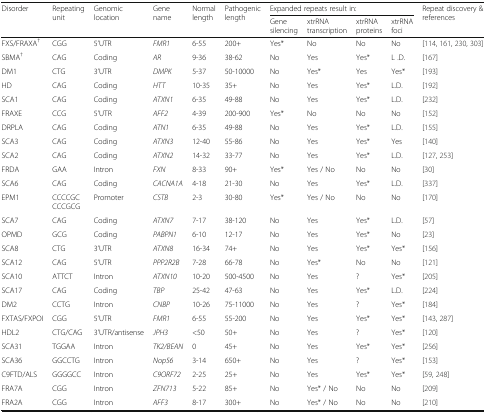
<table><thead><tr><td rowspan="2"><b>Disorder</b></td><td rowspan="2"><b>Repeating unit</b></td><td rowspan="2"><b>Genomic location</b></td><td rowspan="2"><b>Gene name</b></td><td rowspan="2"><b>Normal length</b></td><td rowspan="2"><b>Pathogenic length</b></td><td colspan="4"><b>Expanded repeats result in:</b></td><td rowspan="2"><b>Repeat discovery &amp; references</b></td></tr><tr><td><b>Gene silencing</b></td><td><b>xtrRNA transcription</b></td><td><b>xtrRNA proteins</b></td><td><b>xtrRNA foci</b></td></tr></thead><tbody><tr><td>FXS/FRAXA<sup>†</sup></td><td>CGG</td><td>5’UTR</td><td><i>FMR1</i></td><td>6-55</td><td>200+</td><td>Yes*</td><td>No</td><td>No</td><td>No</td><td>[114, 161, 230, 303]</td></tr><tr><td>SBMA<sup>†</sup></td><td>CAG</td><td>Coding</td><td><i>AR</i></td><td>9-36</td><td>38-62</td><td>No</td><td>Yes</td><td>Yes*</td><td>L .D.</td><td>[167]</td></tr><tr><td>DM1</td><td>CTG</td><td>3’UTR</td><td><i>DMPK</i></td><td>5-37</td><td>50-10000</td><td>No</td><td>Yes*</td><td>Yes</td><td>Yes*</td><td>[193]</td></tr><tr><td>HD</td><td>CAG</td><td>Coding</td><td><i>HTT</i></td><td>10-35</td><td>35+</td><td>No</td><td>Yes</td><td>Yes*</td><td>L.D.</td><td>[192]</td></tr><tr><td>SCA1</td><td>CAG</td><td>Coding</td><td><i>ATXN1</i></td><td>6-35</td><td>49-88</td><td>No</td><td>Yes</td><td>Yes*</td><td>L.D.</td><td>[232]</td></tr><tr><td>FRAXE</td><td>CCG</td><td>5&#x27;UTR</td><td><i>AFF2</i></td><td>4-39</td><td>200-900</td><td>Yes*</td><td>No</td><td>No</td><td>No</td><td>[152]</td></tr><tr><td>DRPLA</td><td>CAG</td><td>Coding</td><td><i>ATN1</i></td><td>6-35</td><td>49-88</td><td>No</td><td>Yes</td><td>Yes*</td><td>L.D.</td><td>[155]</td></tr><tr><td>SCA3</td><td>CAG</td><td>Coding</td><td><i>ATXN3</i></td><td>12-40</td><td>55-86</td><td>No</td><td>Yes</td><td>Yes*</td><td>Yes</td><td>[140]</td></tr><tr><td>SCA2</td><td>CAG</td><td>Coding</td><td><i>ATXN2</i></td><td>14-32</td><td>33-77</td><td>No</td><td>Yes</td><td>Yes*</td><td>L.D.</td><td>[127, 253]</td></tr><tr><td>FRDA</td><td>GAA</td><td>Intron</td><td><i>FXN</i></td><td>8-33</td><td>90+</td><td>Yes*</td><td>Yes / No</td><td>No</td><td>No</td><td>[30]</td></tr><tr><td>SCA6</td><td>CAG</td><td>Coding</td><td><i>CACNA1A</i></td><td>4-18</td><td>21-30</td><td>No</td><td>Yes</td><td>Yes*</td><td>L.D.</td><td>[337]</td></tr><tr><td>EPM1</td><td>CCCCGCCCCGCG</td><td>Promoter</td><td><i>CSTB</i></td><td>2-3</td><td>30-80</td><td>Yes*</td><td>Yes / No</td><td>No</td><td>No</td><td>[170]</td></tr><tr><td>SCA7</td><td>CAG</td><td>Coding</td><td><i>ATXN7</i></td><td>7-17</td><td>38-120</td><td>No</td><td>Yes</td><td>Yes*</td><td>L.D.</td><td>[57]</td></tr><tr><td>OPMD</td><td>GCG</td><td>Coding</td><td><i>PABPN1</i></td><td>6-10</td><td>12-17</td><td>No</td><td>Yes</td><td>Yes*</td><td>No</td><td>[23]</td></tr><tr><td>SCA8</td><td>CTG</td><td>3’UTR</td><td><i>ATXN8</i></td><td>16-34</td><td>74+</td><td>No</td><td>Yes</td><td>Yes*</td><td>Yes*</td><td>[156]</td></tr><tr><td>SCA12</td><td>CAG</td><td>5’UTR</td><td><i>PPP2R2B</i></td><td>7-28</td><td>66-78</td><td>No</td><td>Yes*</td><td>No</td><td>No</td><td>[121]</td></tr><tr><td>SCA10</td><td>ATTCT</td><td>Intron</td><td><i>ATXN10</i></td><td>10-20</td><td>500-4500</td><td>No</td><td>Yes</td><td>?</td><td>Yes*</td><td>[205]</td></tr><tr><td>SCA17</td><td>CAG</td><td>Coding</td><td><i>TBP</i></td><td>25-42</td><td>47-63</td><td>No</td><td>Yes</td><td>Yes*</td><td>L.D.</td><td>[224]</td></tr><tr><td>DM2</td><td>CCTG</td><td>Intron</td><td><i>CNBP</i></td><td>10-26</td><td>75-11000</td><td>No</td><td>Yes</td><td>?</td><td>Yes*</td><td>[184]</td></tr><tr><td>FXTAS/FXPOI</td><td>CGG</td><td>5’UTR</td><td><i>FMR1</i></td><td>6-55</td><td>55-200</td><td>No</td><td>Yes</td><td>Yes*</td><td>Yes*</td><td>[143, 287]</td></tr><tr><td>HDL2</td><td>CTG/CAG</td><td>3&#x27;UTR/antisense</td><td><i>JPH3</i></td><td>&lt;50</td><td>50+</td><td>No</td><td>Yes</td><td>?</td><td>Yes*</td><td>[120]</td></tr><tr><td>SCA31</td><td>TGGAA</td><td>Intron</td><td><i>TK2/BEAN</i></td><td>0</td><td>45+</td><td>No</td><td>Yes</td><td>Yes*</td><td>Yes*</td><td>[256]</td></tr><tr><td>SCA36</td><td>GGCCTG</td><td>Intron</td><td><i>Nop56</i></td><td>3-14</td><td>650+</td><td>No</td><td>Yes</td><td>?</td><td>Yes*</td><td>[153]</td></tr><tr><td>C9FTD/ALS</td><td>GGGGCC</td><td>Intron</td><td><i>C9ORF72</i></td><td>2-25</td><td>25+</td><td>No</td><td>Yes</td><td>Yes*</td><td>Yes*</td><td>[59, 248]</td></tr><tr><td>FRA7A</td><td>CGG</td><td>Intron</td><td><i>ZFN713</i></td><td>5-22</td><td>85+</td><td>No</td><td>Yes* / No</td><td>No</td><td>No</td><td>[209]</td></tr><tr><td>FRA2A</td><td>CGG</td><td>Intron</td><td><i>AFF3</i></td><td>8-17</td><td>300+</td><td>No</td><td>Yes* / No</td><td>No</td><td>No</td><td>[210]</td></tr></tbody></table>